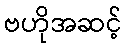
ဗဟိုအဆင့်